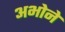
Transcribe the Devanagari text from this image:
अभोने